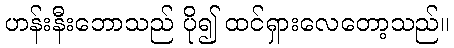
ဟန်းနီးဘောသည် ပို၍ ထင်ရှားလေတော့သည်။